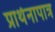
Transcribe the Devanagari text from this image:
प्रार्थनापात्र